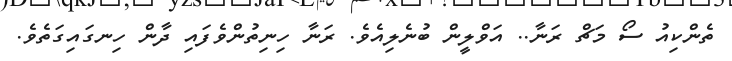
ތެންކިއު ސޯ މަޗް ރަނާ.. އަވްލީން ބުނެލިއެވެ. ރަނާ ހިނިތުންވެފައި ދާން ހިނގައިގަތެވެ.